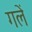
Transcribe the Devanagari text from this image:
गलें